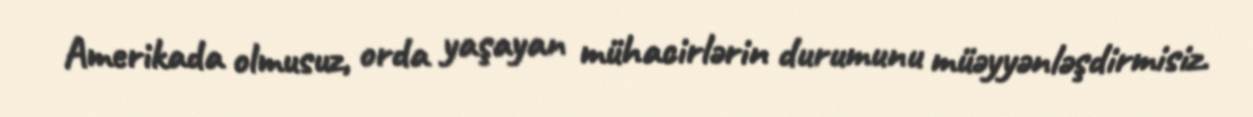
Amerikada olmusuz, orda yaşayan mühacirlərin durumunu müəyyənləşdirmisiz.